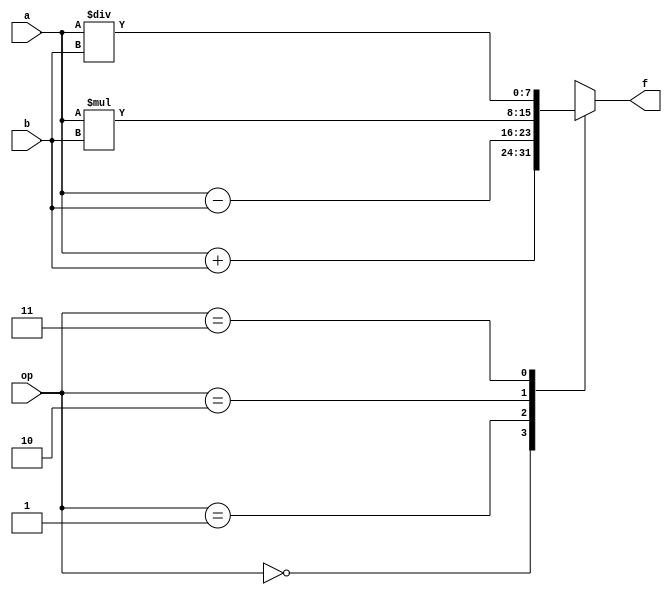
// A simple 4-function ALU
module ALU_4bit (f, a, b, op); 
    input [1:0] op; input [7:0] a, b;
    output reg [7:0] f; 
    parameter ADD=2'b00, SUB=2'b01, MUL=2'b10, DIV=2'b11;
    always @(*)
        case (op)
            ADD : f = a + b;
            SUB : f = a - b;
            MUL : f = a * b;
            DIV : f = a / b;
        endcase
endmodule